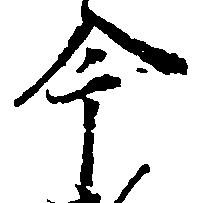
今